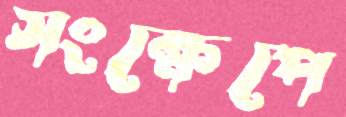
সংক্ষেপে